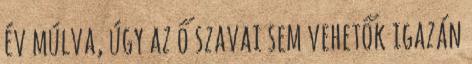
év múlva, úgy az ő szavai sem vehetők igazán